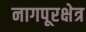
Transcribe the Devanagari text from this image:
नागपूरक्षेत्र